Annual statistical returns and brief notes on vaccination in Bengal - 1887-1898
Year: 1887
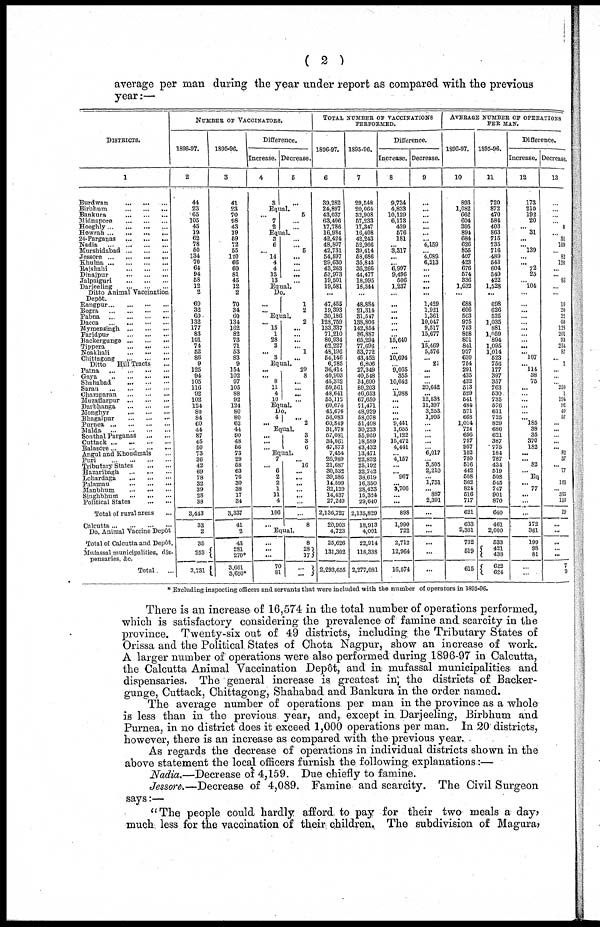
( 2 )
average per man during the year under report as compared with the previous
year:—
DISTRICTS.
1
Burdwan
...
...
...
Birbhum
...
...
...
Bankura
...
...
...
Midnapore
...
...
...
Hooghly
...
...
...
...
Howrah ... ... ...
24-Parganas
...
...
...
Nadia
...
...
...
...
Murshidabad
...
...
...
Jessore
...
...
...
...
Khulna
...
...
...
...
Rajshahi
...
...
...
Dinajpur
...
...
...
Jalpaiguri
...
...
...
Darjeeling
...
...
...
Ditto Animal Vaccination
Depôt.
Rangpur
...
...
...
...
Bogra
...
...
...
...
Pabna
...
...
...
...
Dacca
...
...
...
...
Mymensingh
...
...
...
Faridpur
...
...
...
Backergunge
...
...
...
Tippera
...
...
...
Noakbali
...
...
...
Chittagong
...
...
...
Ditto
Hill Tracts ...
Patna
...
...
...
...
Gaya
...
...
...
...
Shahabad ... ... ...
Saran
...
...
...
...
Champaran
...
...
...
Muzaffarpur
...
...
...
Darbhanga
...
...
...
Monghyr
...
...
...
Bhagalpur
...
...
...
Purnea
...
...
...
...
Malda
...
...
...
...
Sonthal Parganas
...
...
Cuttack
...
...
...
...
Balasore
...
...
...
...
Angul and Khondmals ...
Puri
...
...
...
...
Tributary States
...
...
Hazaribagh
...
...
...
Lohardaga
...
...
...
Palamau
...
...
...
Manbhum
...
...
...
Singhbhum
...
...
...
Political States
...
...
Total of rural areas
...
Calcutta
...
...
...
...
Do. Animal Vaccine Depôt
Total of Calcutta and Depôt.
Mufassal municipalities, dis-
pensaries, &c.
Total ...
NUMBER OF VACCINATORS.
1896-97.
2
44
23
65
105
45
19
62
78
50
134
70
64
94
58
12
2
69
32
60
132
177
83
101
74
52
86
9
125
94
105
116
92
102
124
80
84
60
44
87
45
50
73
36
42
69
78
32
39
28
38
3,443
33
2
35
253
7
3,731
1895-96.
3
41
23
70
98
43
19
59
72
55
120
66
60
81
45
12
2
70
34
60
134
162
82
73
71
53
83
9
154
102
97
105
88
92
124
80
80
62
44
90
48
56
73
29
58
63
76
30
38
17
34
3,337
41
2
43
281
270*
3,661
3,650*
Difference.
Increase.
4
3
Decrease.
5
...
Equal.
... 7
2
5
...
...
Equal.
3
6
... 14
4
4
13
13
...
... 5
...
...
...
...
...
Equal.
Do.
...
...
1
2
Equal.
... 15
1
28
3
... 3
2
...
... ...
... 1
...
Equal.
...
... 8
11
4
10
29
8
...
...
...
...
Equal.
Do. 4
...
... 2
Equal.
...
...
...
3
3
6
Equal.
7
... 6
2
2
1
11
4
106
...
... 16
...
...
...
...
...
...
...
8
Equal.
...
...
...
70
81
8
28
17
...
...
TOTAL NUMBER OF VACCINATIONS
PERFORMED.
1896-97.
6
39,282
24,897
43,037
63,406
17,786
16,984
42,424
48,807
42,731
54,597
29,630
43,263
53,973
19,501
19,581
...
47,455
19,393
30,186
128,759
133,337
71,210
80,934
62,227
48,196
54,146
6,785
36,414
40,903
45,332
59,561
48,641
55,112
60,074
45,676
56,083
60,849
31,878
57,081
34,061
47,873
7,454
26,989
21,687
30,532
39,586
14,599
32,129
14,437
27,249
2,136,727
20,903
4,723
25,626
131,302
2,293,655
1895-96.
7
29,548
20,064
32,908
57,233
17,347
16,408
42,243
52,966
39,414
58,686
35,843
36,266
44,477
18,995
18,344
...
48,884
21,314
31,547
138,806
142,854
86,887
65,294
77,696
53,772
43,452
6,806
27,349
40,548
34,690
80,203
46,653
67,650
71,471
48,929
58,078
51,408
30,223
55,959
18,589
43,432
13,471
22,832
25,192
32,742
38,619
16,350
28,423
15,324
29,640
2,135,829
18,913
4,001
22,914
118,338
2,277,081
Difference.
Increase.
8
9,734
4,833
10,129
6,173
439
576
181
... 3,317
...
... 6,997
9,496
506
1,237
...
...
...
...
...
...
...
15,640
...
...
10,694
... 9,065
355
10,642
... 1,988
...
...
...
... 9,441
1,655
1,122
15,472
4,441
... 4,157
...
... 967
... 3,706
...
...
898
1,990
722
2,712
12,964
16,574
Decrease.
9
...
...
...
...
...
... ... 4,159
... 4,089
6,213
...
...
...
... ...
1,429
1,921
1,361
10,047
9,517
15,677
... 15,469
5,576
... 21
...
...
20,642
...
12,538
11,397
3,253
1,995
...
...
...
...
... 6,017
... 3,505
2,210
... 1,751
... 887
2,391
...
...
...
...
...
...
AVERAGE NUMBER OF OPERATIONS
PER MAN.
1896-97.
10
893
1,082
662
604
395
894
684
626
855
407
423
676
574
336
1,632
...
688
606
503
975
753
858
801
841
927
630
754
291
435
432
513
529
541
484
671
668
1,014
724
656
757
957
102
750
516
442
508
362
824
516
717
621
633
2,361
732
519
615
1895-96.
11
720
872
470
584
403
863
715
735
716
489
543
604
549
422
1,528
...
698
626
525
1,035
881
1,059
894
1,095
1,014
523
756
177
397
357
763
530
735
576
611
725
829
686
621
387
775
184
787
434
519
508
545
747
901
870
640
461
2,000
533
421
438
622
624
Difference.
Increase.
12
173
210
192
20
... 31
...
... 139
...
... 72
25
... l04
...
...
...
... ...
...
...
... ... ... 107
... 114
38
75
...
... ...
...
... ... 185
38
35
370
182
...
... 82
... Do
... 77
...
...
...
172
361
199
98
81
...
...
Decrease.
13
...
... ...
... 8
... 31
109
... 83
120
...
... 86
...
...
10
20
22
60
128
201
93
254
87
... 2
...
...
... 250
1
194
92
40
57
...
...
... ...
... 82
37
... 77
183
... 385
153
19
...
...
...
...
...
7
9
* Excluding inspecting officers and servants that were included with the number of operators in 1895-96.
There is an increase of 16,574 in the total number of operations performed,
which is satisfactory considering the prevalence of famine and. scarcity in the
province. Twenty-six out of 49 districts, including the Tributary States of
Orissa and the Political States of Chota Nagpur, show an increase of work.
A larger number of operations were also performed during 1896-97 in Calcutta,
the Calcutta Animal Vaccination Depôt, and in mufassal municipalities and
dispensaries. The general increase is greatest in) the districts of Backer-
gunge, Cuttack, Chittagong, Shahabad and Bankura in the order named.
The average number of operations per man in the province as a whole
is less than in the previous year, and, except in Darjeeling, Birbhum and
Purnea, in no district does it exceed 1,000 operations per man. In 20 districts,
however, there is an increase as compared with the previous year.
As regards the decrease of operations in individual districts shown in the
above statement the local officers furnish the following, explanations.:—
Nadia.—Decrease of 4,159. Due chiefly to famine.
Jessore.—Decrease of 4,089. Famine and scarcity. The Civil Surgeon
says:—
"The people could hardly afford to pay for their two meals a day,
much less for the vaccination of their children. The subdivision of Magura,